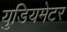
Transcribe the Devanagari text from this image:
युडियमेटर